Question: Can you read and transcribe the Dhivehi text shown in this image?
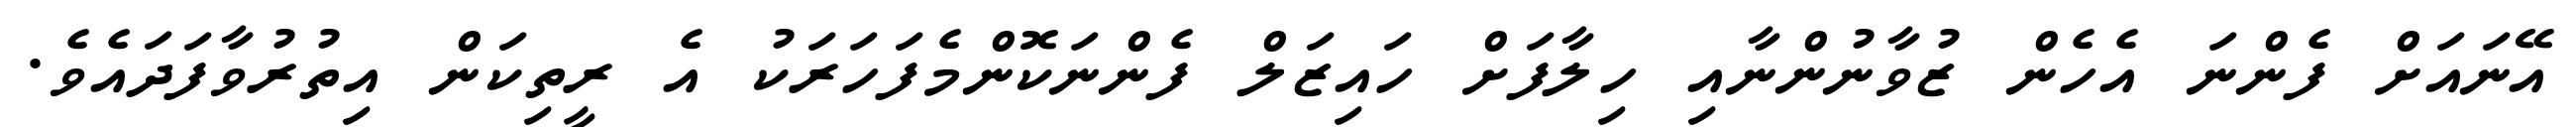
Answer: އޭނައަށް ފެންނަ އެހެން ޒުވާނުންނާއި ހިލާފަށް ހައިޒަލް ފެންނަކޮންމެފަހަރަކު އެ ރީތިކަން އިތުރުވާފަދައެވެ.